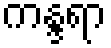
ကန္ဒရာ